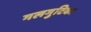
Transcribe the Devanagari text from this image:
गलगुटिका